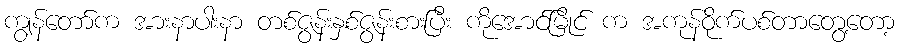
ကျွန်တော်က အားနာပါးနာ တစ်ဇွန်းနှစ်ဇွန်းစားပြီး ကိုအောင်မြိုင် က အကုန်ဝိုက်ပစ်တာတွေ့တော့